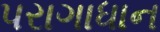
પરાગાધાન